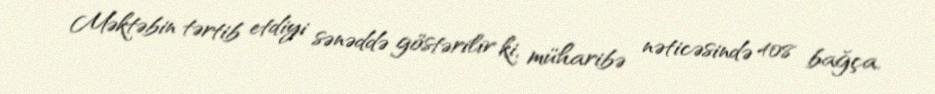
Məktəbin tərtib etdiyi sənəddə göstərilir ki, müharibə nəticəsində 408 bağça,